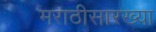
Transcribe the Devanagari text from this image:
मराठीसारख्या